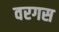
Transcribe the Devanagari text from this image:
वरगस